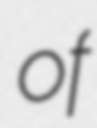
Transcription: of